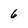
Character: 6